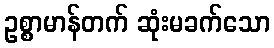
ဥစ္စာမာန်တက် ဆုံးမခက်သော